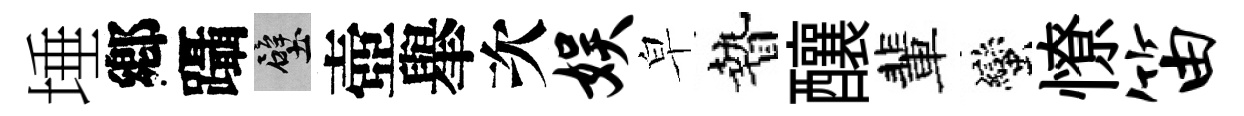
埵鄕躡壁壺𦦙次娱皁贄釀輩蠻憭笛